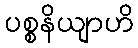
ပစ္စနိယျာဟိ